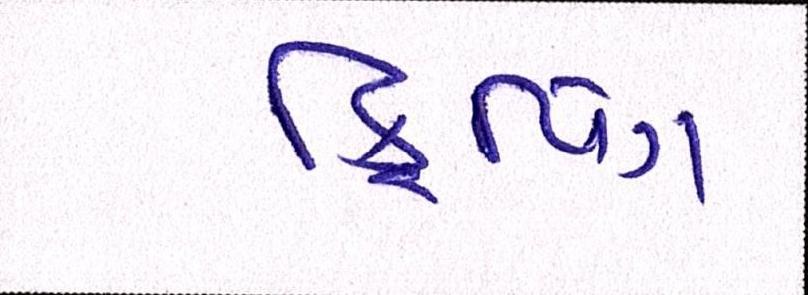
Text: ક્રિપિંગ